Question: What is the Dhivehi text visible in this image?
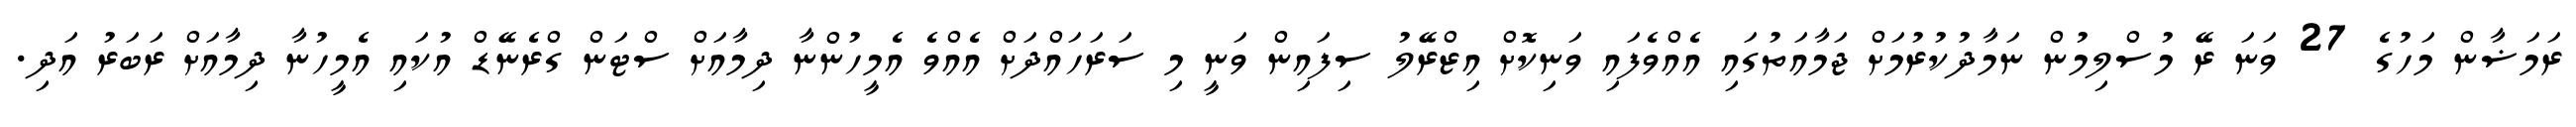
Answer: ރަމަޟާން މަހުގެ 27 ވަނަ ރޭ މުސްލިމުން ނަމާދުކުރުމަށް ޖަމާއަތުގައި އެއްވެފައި ވަނިކޮށް އިޒްރޭލު ސިފައިން ވަނީ މި ސަރަހައްދަށް އެއްވެ އެމީހުންނާ ދިމާއަށް ސްޓަން ގްރެނޭޑް އުކައި އެމީހުނާ ދިމާއަށް ރަބަރު އަދި.